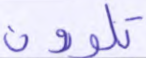
تلوون